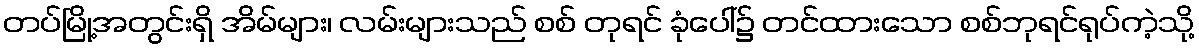
တပ်မြို့အတွင်းရှိ အိမ်များ၊ လမ်းများသည် စစ် တုရင် ခုံပေါ်၌ တင်ထားသော စစ်ဘုရင်ရုပ်ကဲ့သို့